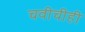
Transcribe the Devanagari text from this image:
चवीचीही